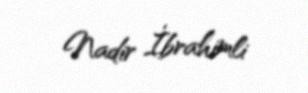
Nadir İbrahimli